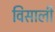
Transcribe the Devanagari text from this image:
विसाली